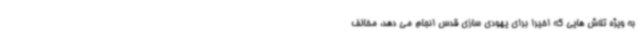
به ویژه تلاش هایی که اخیرا برای یهودی سازی قدس انجام می دهد، مخالف